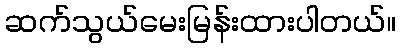
ဆက်သွယ်မေးမြန်းထားပါတယ်။